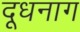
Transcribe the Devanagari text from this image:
दूधनाग